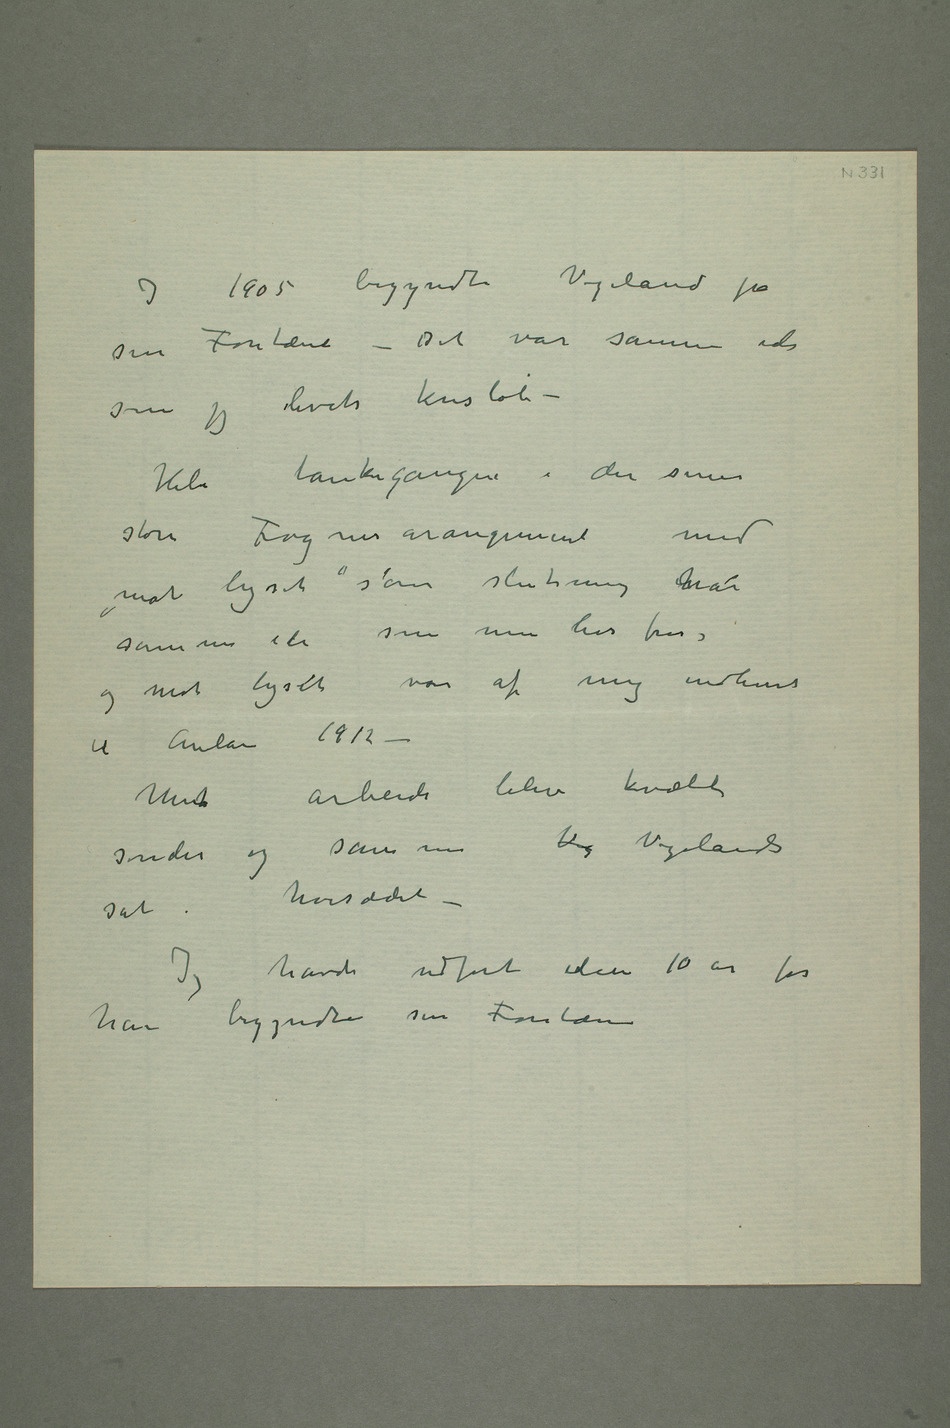
I 1905 begyndte Vigeland på
sin Fontæne – Det var samme ide som
livets kresløb –
Hele tankegangen i den senere
store Frognerarangement med
«mot lyset» som slutning har
samme ide som min livs fris,
og mot lyset var af mig indlevert
til Aulaen 1912 –
Mint arbeide blev kvælt
sønder og sammenVg Vigeland sat i
høisædet –
Jeg havde udført ideen 10 år før
han begyndte sin Fontæne